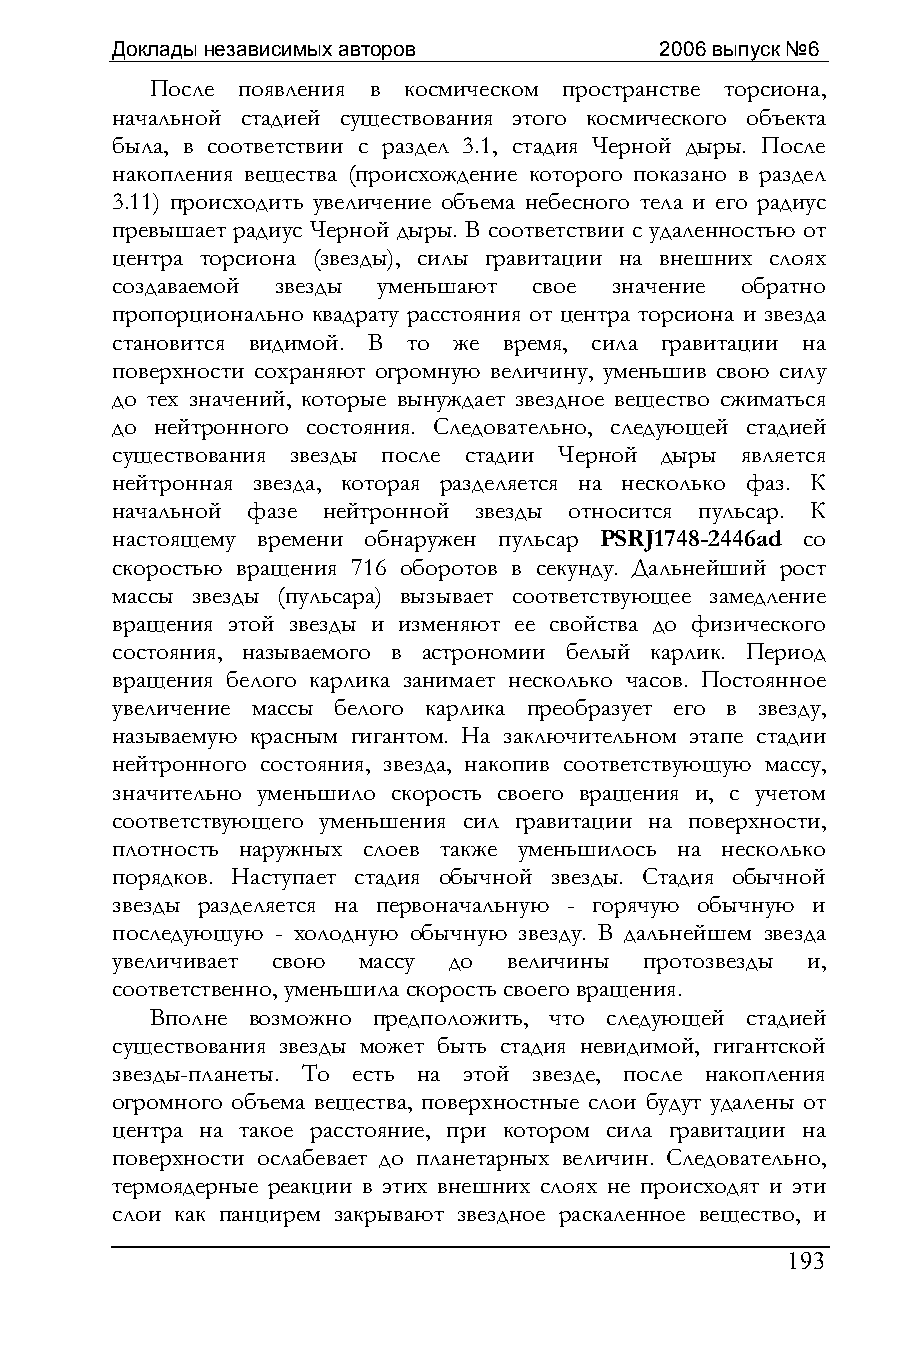
Доклады независимых авторов          2006 выпуск №6
 После появления в космическом пространстве торсиона,
 начальной стадией существования этого космического объекта
 была, в соответствии с раздел 3.1, стадия Черной дыры. После
 накопления вещества (происхождение которого показано в раздел
 3.11) происходить увеличение объема небесного тела и его радиус
 превышает радиус Черной дыры. В соответствии с удаленностью от
 центра торсиона (звезды), силы гравитации на внешних слоях
 создаваемой звезды уменьшают свое значение обратно
 пропорционально квадрату расстояния от центра торсиона и звезда
 становится видимой. В то же время, сила гравитации на
 поверхности сохраняют огромную величину, уменьшив свою силу
 до тех значений, которые вынуждает звездное вещество сжиматься
 до нейтронного состояния. Следовательно, следующей стадией
 существования звезды после стадии Черной дыры является
 нейтронная звезда, которая разделяется на несколько фаз. К
 начальной фазе нейтронной звезды относится пульсар. К
 настоящему времени обнаружен пульсар PSRJ1748-2446ad со
 скоростью вращения 716 оборотов в секунду. Дальнейший рост
 массы звезды (пульсара) вызывает соответствующее замедление
 вращения этой звезды и изменяют ее свойства до физического
 состояния, называемого в астрономии белый карлик. Период
 вращения белого карлика занимает несколько часов. Постоянное
 увеличение массы белого карлика преобразует его в звезду,
 называемую красным гигантом. На заключительном этапе стадии
 нейтронного состояния, звезда, накопив соответствующую массу,
 значительно уменьшило скорость своего вращения и, с учетом
 соответствующего уменьшения сил гравитации на поверхности,
 плотность наружных слоев также уменьшилось на несколько
 порядков. Наступает стадия обычной звезды. Стадия обычной
 звезды разделяется на первоначальную - горячую обычную и
 последующую - холодную обычную звезду. В дальнейшем звезда
 увеличивает свою массу до  величины протозвезды и,
 соответственно, уменьшила скорость своего вращения.
 Вполне возможно предположить, что следующей стадией
 существования звезды может быть стадия невидимой, гигантской
 звезды-планеты. То есть на этой звезде, после накопления
 огромного объема вещества, поверхностные слои будут удалены от
 центра на такое расстояние, при котором сила гравитации на
 поверхности ослабевает до планетарных величин. Следовательно,
 термоядерные реакции в этих внешних слоях не происходят и эти
 слои как панцирем закрывают звездное раскаленное вещество, и
 193